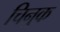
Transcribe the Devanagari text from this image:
चिनुक